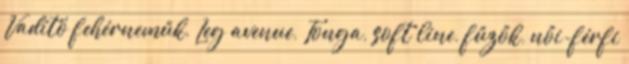
Vadító fehérneműk, Leg avenue, Tonga, soft line, fűzők, női-férfi